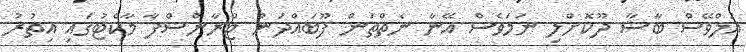
އަލްވޭސް ބާސާ ދޫކޮށްލި ނަމަވެސް އޭނާ ނެތްތަން ފޫބައްދަން ޓްރާންސްފާ މާކެޓުގައި އިތުރު